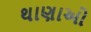
થાણાઓ